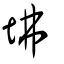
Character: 坲